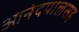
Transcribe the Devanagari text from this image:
आनंदपालसह